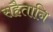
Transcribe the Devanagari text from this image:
सहैतानि